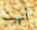
أنهيت